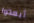
أبعدوا